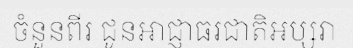
ចំនួនពីរ ជូនអាជ្ញាធរជាតិអប្សរា